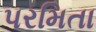
પરમિતા